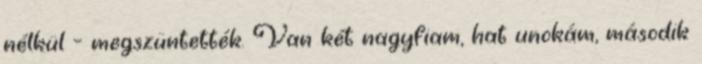
nélkül – megszüntették. Van két nagyfiam, hat unokám, második